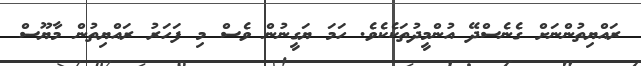
ރައްޔިތުންނަށް ގެނެސްދޭ އުންމީދުތަކެކެވެ. ހަމަ ޔަގީނުން ވެސް މި ފަހަރު ރައްޔިތުން މާޔޫސް